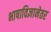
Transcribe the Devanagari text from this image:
भाषाविज्ञानेतर